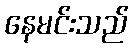
နေမင်းသည်